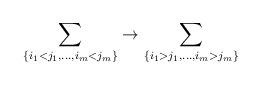
LaTeX: \begin{align*}\sum_{\{i_1<j_1,\ldots,i_m<j_m\}}\rightarrow\sum_{\{i_1>j_1,\ldots,i_m>j_m\}}\end{align*}